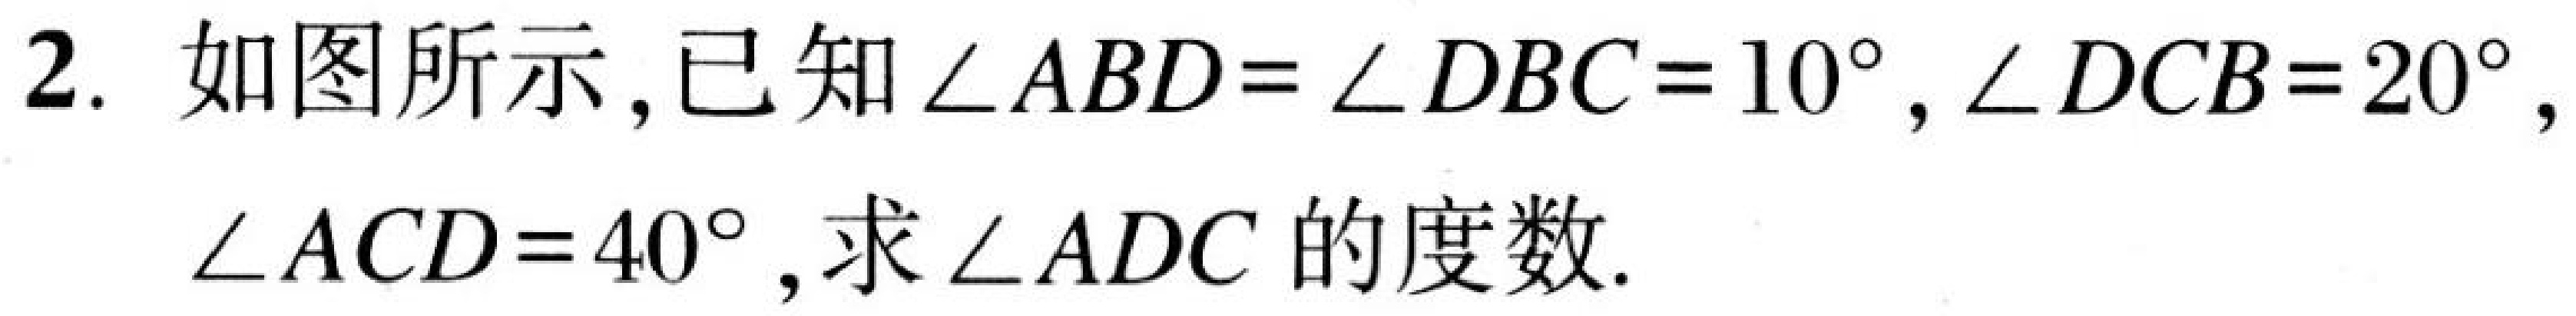
2. 如图所示,已知\(\angle ABD = \angle DBC = 10^{\circ}\),\(\angle DCB = 20^{\circ}\),\(\angle ACD = 40^{\circ}\),求\(\angle ADC\)的度数.